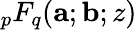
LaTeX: {_pF_{q}}(\mathbf a;\mathbf b;z)